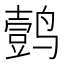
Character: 𱊦